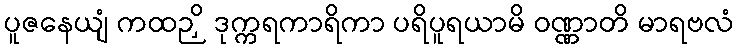
ပူဇနေယျံ ကထဉှိ ဒုက္ကရကာရိကာ ပရိပူရယာမိ ဝဏ္ဏာတိ မာရဗလံ